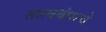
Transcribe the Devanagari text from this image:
तत्त्वबंधाचे